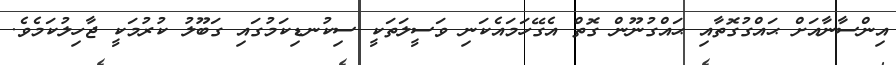
އިންސާނާއަށް ޙައްގުގޮތާއި ޙައްގުނޫން ގޮތް އެގޭހަމައެކަނި ވަސީލަތަކީ ސިކުނޑިކަމުގައި ގަބޫލު ކުރުމަކީ ޖާހިލުކަމެވެ.